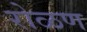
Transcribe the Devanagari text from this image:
रोळण